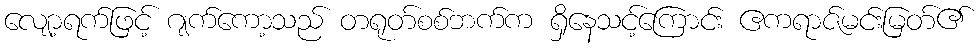
လျော့ရက်ဖြင့် ဂျက်ကော့သည် တရုတ်စစ်ဘက်က ရှိနေသင့်ကြောင်း ဧကရာဇ်မင်းမြတ်၏